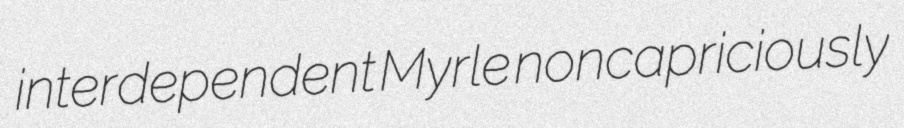
interdependent Myrle noncapriciously